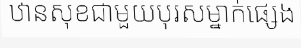
ឋានសុខជាមួយបុរសម្នាក់ផ្សេង